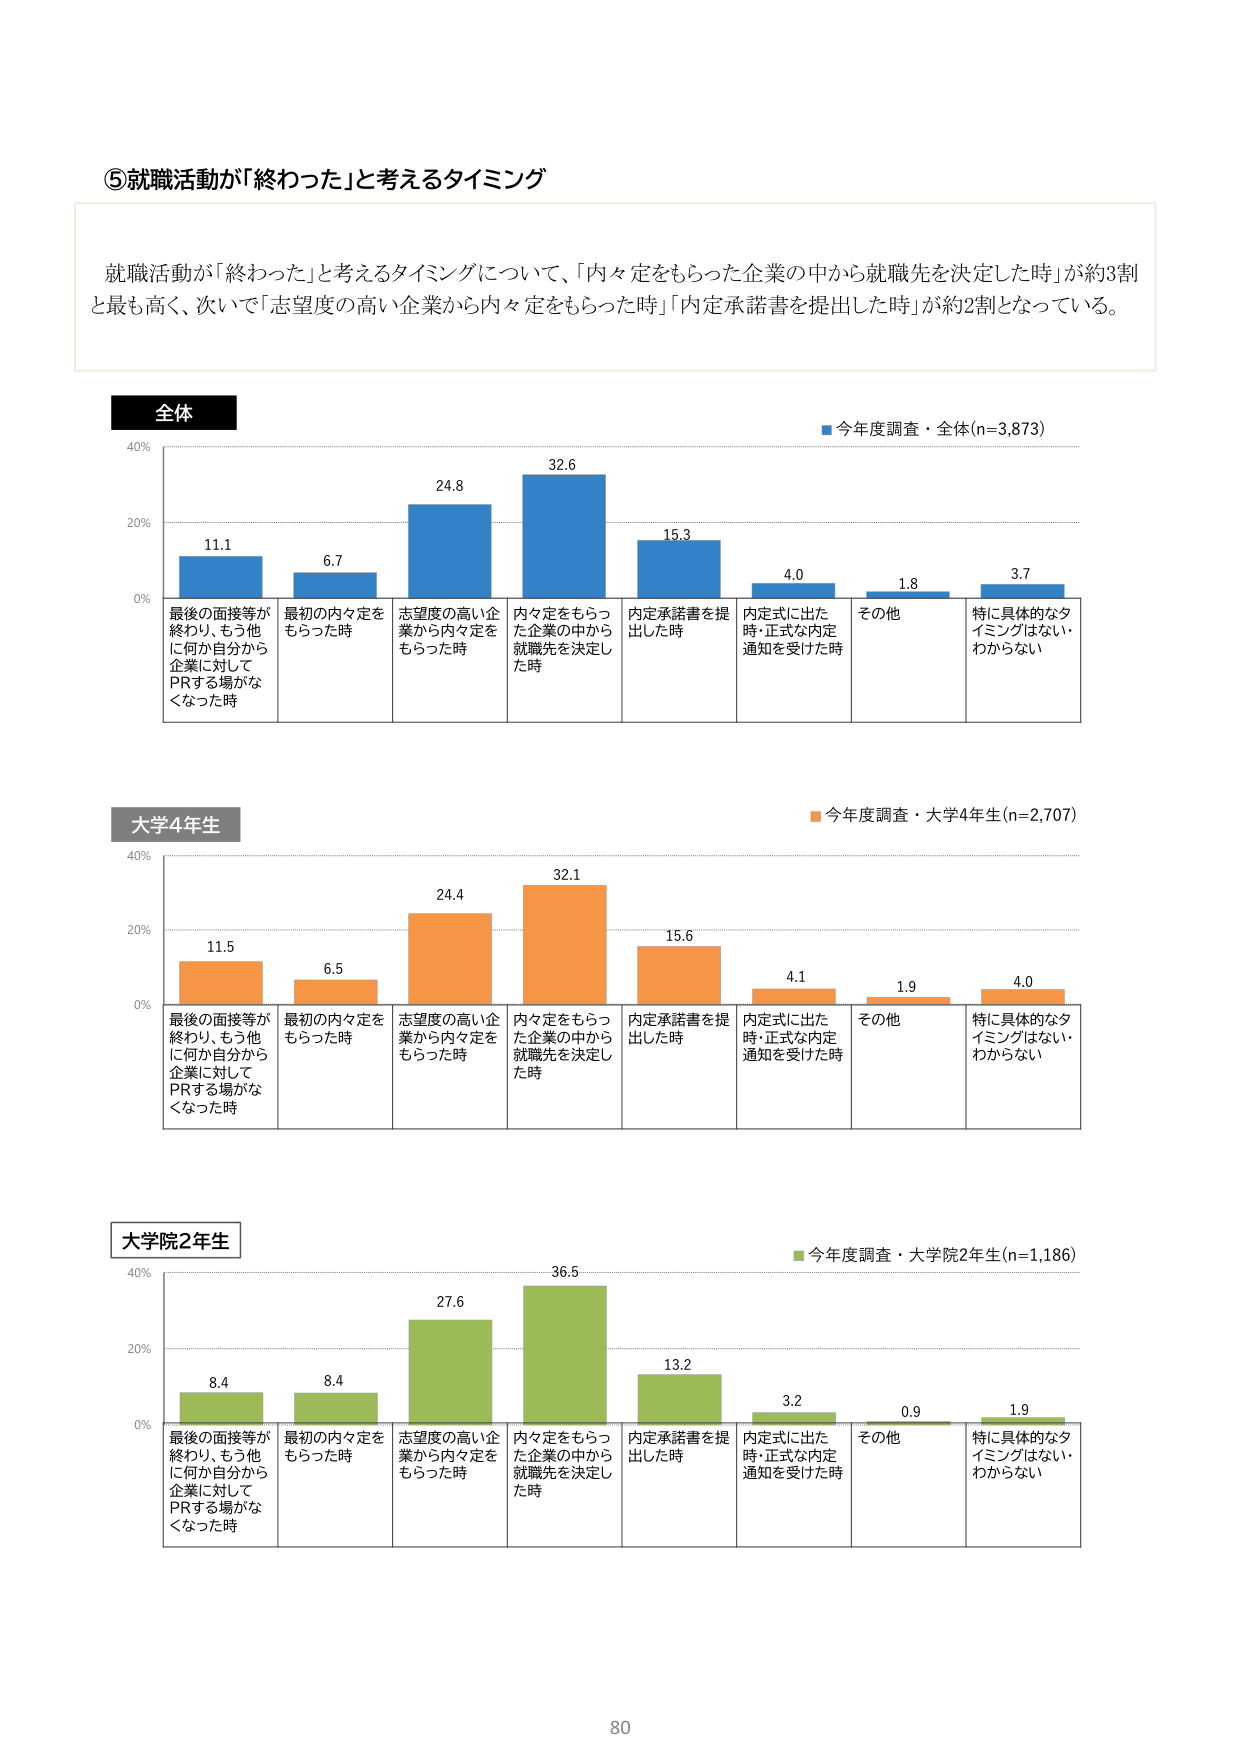
⑤就職活動が「終わった」と考えるタイミング

就職活動が「終わった」と考えるタイミングについて、「内々定をもらった企業の中から就職先を決定した時」が約3割と最も高く、次いで「志望度の高い企業から内々定をもらった時」「内定承諾書を提出した時」が約2割となっている。

全体
■今年度調査・全体(n=3,873)
40%
20%
0%
最後の面接等が終わり、もう他に何か自分から企業に対してPRする場がなくなった時 11.1
最初の内々定をもらった時 6.7
志望度の高い企業から内々定をもらった時 24.8
内々定をもらった企業の中から就職先を決定した時 32.6
内定承諾書を提出した時 15.3
内定式に出た時・正式な内定通知を受けた時 4.0
その他 1.8
特に具体的なタイミングはない・わからない 3.7

大学4年生
■今年度調査・大学4年生(n=2,707)
40%
20%
0%
最後の面接等が終わり、もう他に何か自分から企業に対してPRする場がなくなった時 11.5
最初の内々定をもらった時 6.5
志望度の高い企業から内々定をもらった時 24.4
内々定をもらった企業の中から就職先を決定した時 32.1
内定承諾書を提出した時 15.6
内定式に出た時・正式な内定通知を受けた時 4.1
その他 1.9
特に具体的なタイミングはない・わからない 4.0

大学院2年生
■今年度調査・大学院2年生(n=1,186)
40%
20%
0%
最後の面接等が終わり、もう他に何か自分から企業に対してPRする場がなくなった時 8.4
最初の内々定をもらった時 8.4
志望度の高い企業から内々定をもらった時 27.6
内々定をもらった企業の中から就職先を決定した時 36.5
内定承諾書を提出した時 13.2
内定式に出た時・正式な内定通知を受けた時 3.2
その他 0.9
特に具体的なタイミングはない・わからない 1.9

80